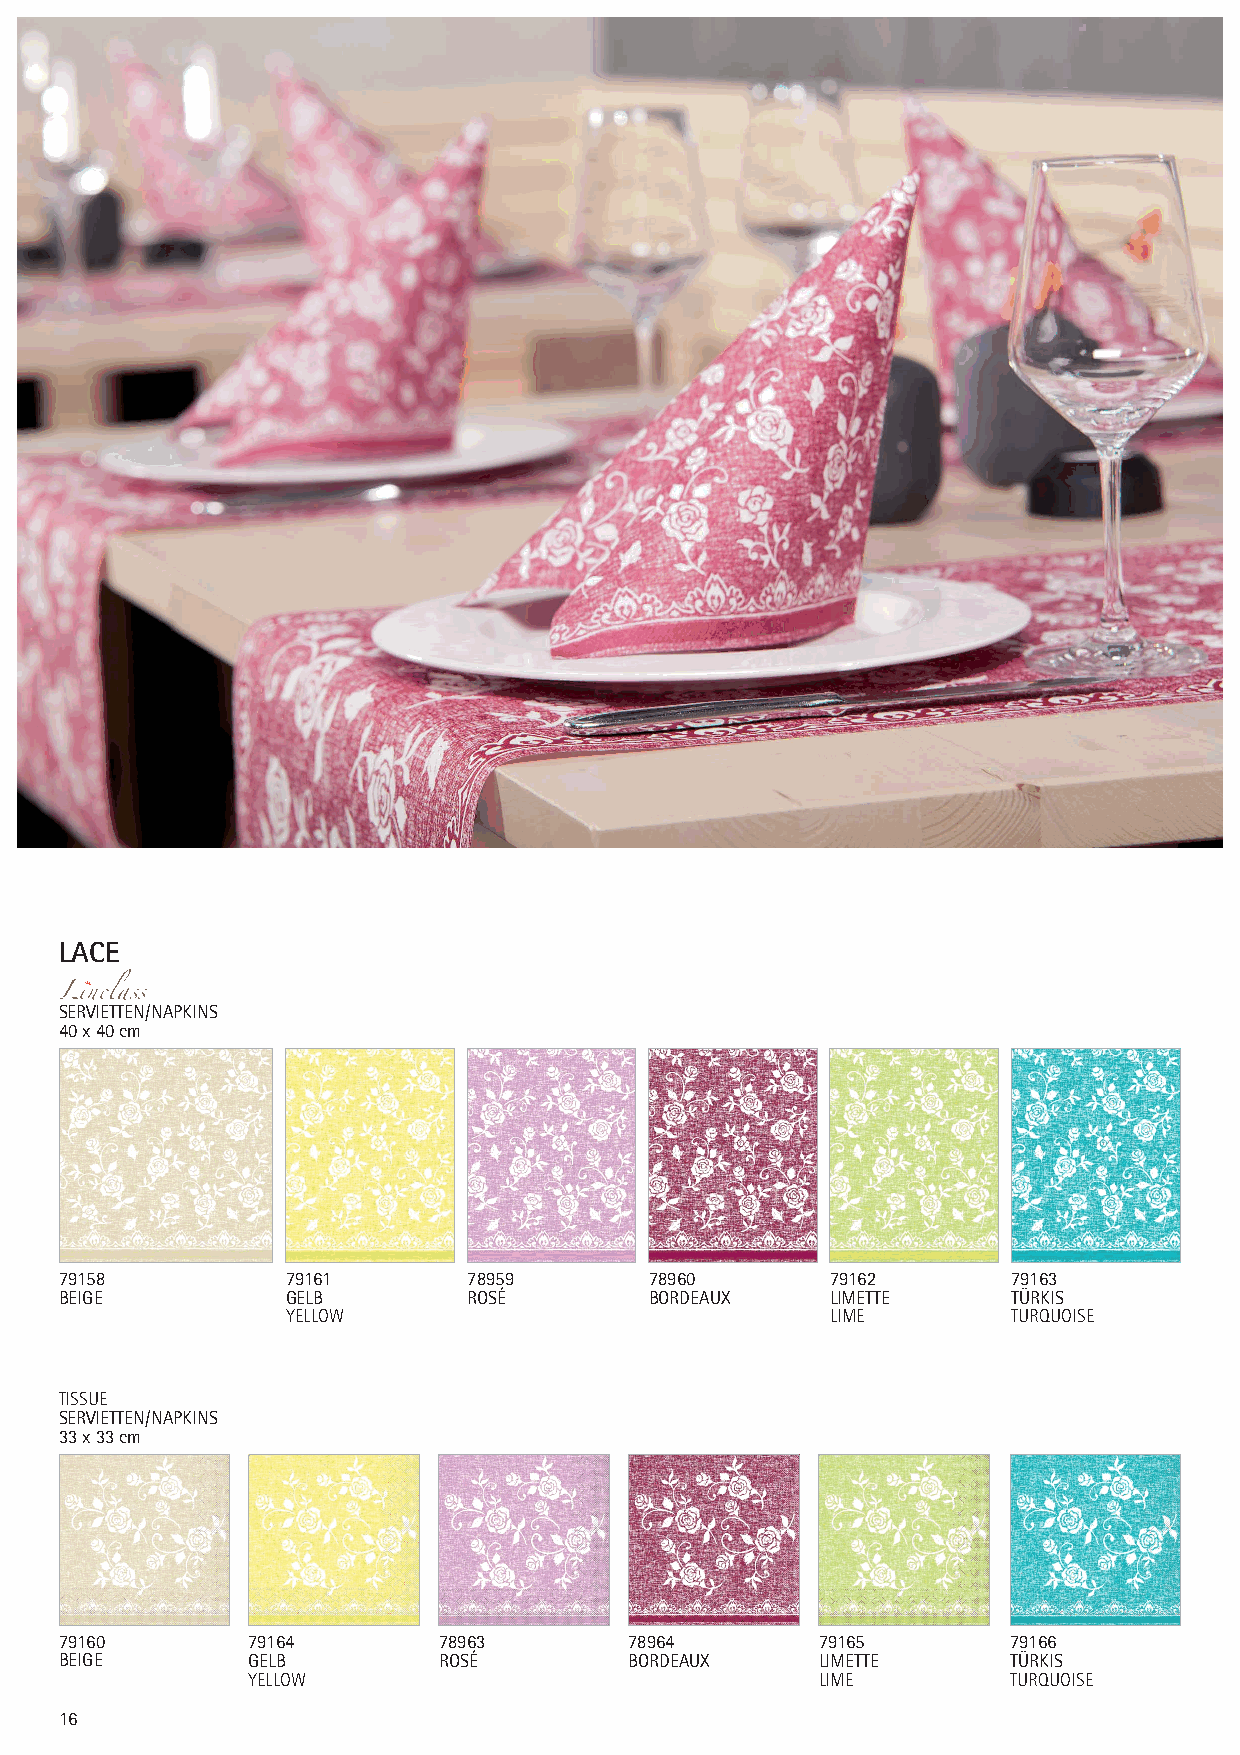
LACE
 SERVIETTEN/NAPKINS
 40 x 40 cm
 79158          79161       78959       78960       79162       79163
 BEIGE          GELB        ROSÉ        BORDEAUX    LIMETTE     TÜRKIS
 YELLOW                              LIME        TURQUOISE
 TISSUE
 SERVIETTEN/NAPKINS
 33 x 33 cm
 79160       79164        78963        78964       79165        79166
 BEIGE       GELB         ROSÉ         BORDEAUX    LIMETTE      TÜRKIS
 YELLOW                                LIME         TURQUOISE
 16